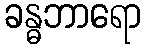
ခန္ဓဘာရော